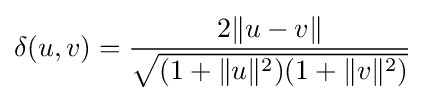
\delta (u,v)={\frac {2\|u-v\|}{\sqrt {(1+\|u\|^{2})(1+\|v\|^{2})}}}